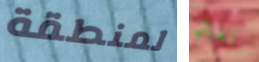
لمنطقة تعال